Annual report on the working of the lock hospitals in the Central Provinces
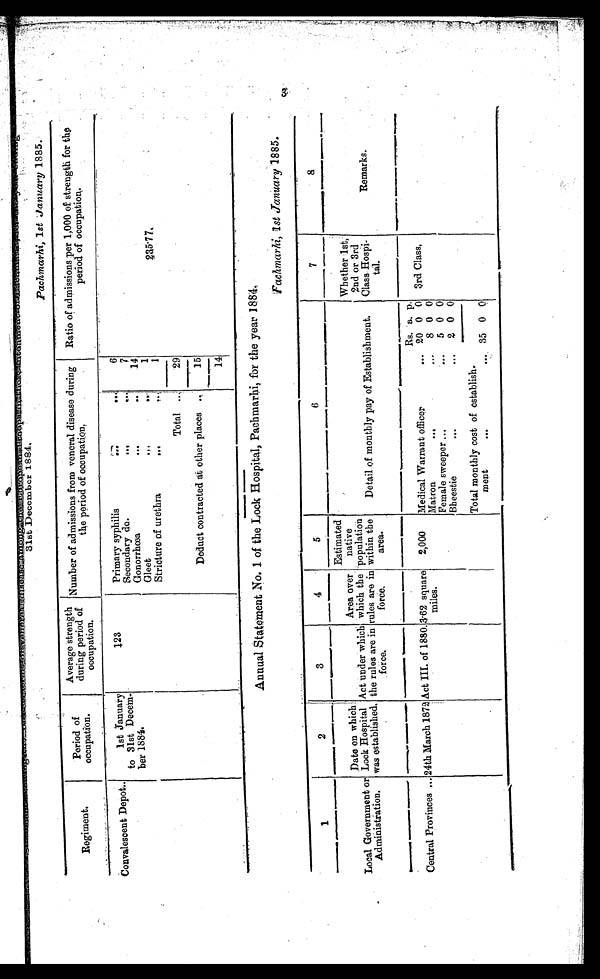
31st December 1884,
Regiment.
Period of
occupation.
Average strength
during period of
occupation.
Number of admissions from veneral disease during
the period of occupation.
Ratio of admissions per 1,000 of strength for the
period of occupation.
Convalescent Depot..
1st January
to 31st Decem-
ber 1884.
123
Primary syphilis
. . .
. . .
6
Secondary do.
... ...
7
Gonorrhœa
...
. . .
14
G l e e t
. . .
. . .
1
2 3 5 . 7 7 .
S t r i c t u r e o f u r e t h r a
1
Total ..
.
2 9
Deduct contracted at other places
151 4
Annual Statement No. 1 of the Lock Hospital, Pachmarhi, for the year 1884.
1
2
3
4
5
6
7
8
Local Government or
Administration.
Date on which
Lock Hospital
was established.
Act under which
the rules are in
force.
Area over
which the
rules are in
force .
Estimated
native
population
within the
area.
Detail of monthly pay of Establishment.
Whether 1st,
2nd or 3rd
Class Hospi-
tal.
Remarks.
Rs. a. p.
Central Provinces ... 24th March 1872 Act III. of 1880. 3.62square
miles.
2,000 Medical Warrant officer
... 20 0 0 3rd Class,
Matron
...
...
8 0 0
Female sweeper...
... 5 0 0
Bheestie...
...
2 0 0
Total monthly cost of establish
ment
... ... 35 0 0